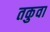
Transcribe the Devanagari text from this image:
तकुवा